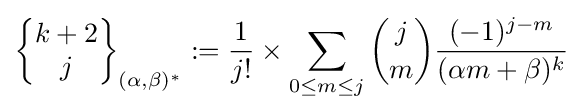
\left\{{\begin{matrix}k+2\\j\end{matrix}}\right\}_{(\alpha ,\beta )^{\ast }}:={\frac {1}{j!}}\times \sum _{0\leq m\leq j}{\binom {j}{m}}{\frac {(-1)^{j-m}}{(\alpha m+\beta )^{k}}}